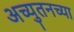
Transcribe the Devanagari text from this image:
अच्युतनच्या